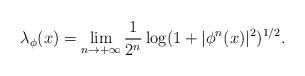
LaTeX: \begin{align*}\lambda_{\phi}(x)=\lim_{n\to+\infty}\frac{1}{2^n}\log(1+|\phi^n(x)|^2)^{1/2}.\end{align*}